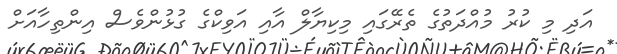
އަދި މި ކުރު މުއްދަތުގެ ތެރޭގައި މިކިޔާލް އާއި އަވިކްގެ ގުޅުންވެސް އިންތިހާއަށް